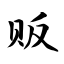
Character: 贩